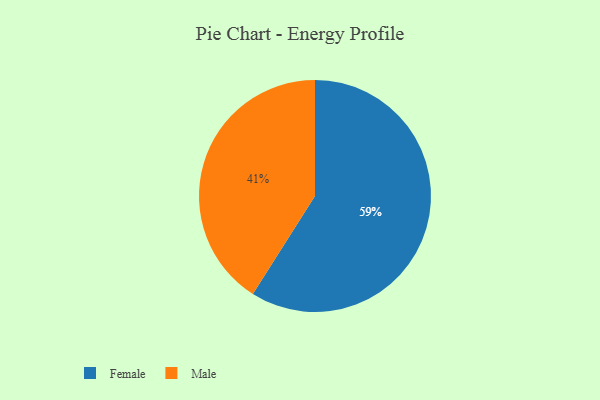
{"axis": {"x": "Category", "y": "Percentage"}, "legend": ["Female", "Male"], "data": [{"x": "Male", "y": 41, "type": "Male"}, {"x": "Female", "y": 59, "type": "Female"}]}